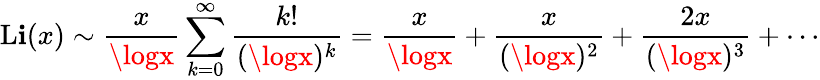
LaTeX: \operatorname{L\mathbf{i}}(x)\sim{\frac{{x}}{{\logx}}}\sum_{k=0}^{\infty}{\frac{{k!}}{{(\logx)^{k}}}}={\frac{{x}}{{\logx}}}+{\frac{{x}}{{(\logx)^{2}}}}+{\frac{{2x}}{{(\logx)^{3}}}}+\cdots